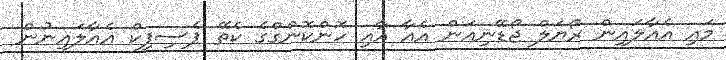
މައި އެއާލައިން ރޯޔަލް ޖޯޑޭނިއަން އެއާ އާއި ހޮންކޮންގްގެ ކެތޭ ޕެސިފިކް އެއާލައިނުން